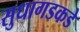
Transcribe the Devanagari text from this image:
सुधागडकडे